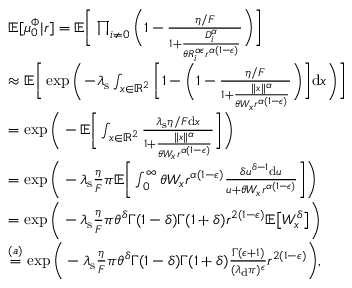
\begin{array} { r l } & { \mathbb { E } [ \mu _ { 0 } ^ { \Phi } \vert r ] = \mathbb { E } \Bigg [ \prod _ { i \neq 0 } \Bigg ( 1 - \frac { \eta / F } { 1 + \frac { D _ { i } ^ { \alpha } } { \theta R _ { i } ^ { \alpha \epsilon } r ^ { \alpha ( 1 - \epsilon ) } } } \Bigg ) \Bigg ] } \\ & { \approx \mathbb { E } \Bigg [ \exp { \Bigg ( \! - \! \lambda _ { \mathrm { s } } \int _ { x \in \mathbb { R } ^ { 2 } } \bigg [ 1 - \bigg ( 1 - \frac { \eta / F } { 1 + \frac { \Vert x \Vert ^ { \alpha } } { \theta W _ { x } r ^ { \alpha ( 1 - \epsilon ) } } } \bigg ) \bigg ] \mathrm { d } x \Bigg ) } \Bigg ] } \\ & { = \exp { \Bigg ( - \mathbb { E } \bigg [ \int _ { x \in \mathbb { R } ^ { 2 } } \frac { \lambda _ { \mathrm { s } } \eta / F \mathrm { d } x } { 1 + \frac { \Vert x \Vert ^ { \alpha } } { \theta W _ { x } r ^ { \alpha ( 1 - \epsilon ) } } } \bigg ] \Bigg ) } } \\ & { = \exp { \Bigg ( - \lambda _ { \mathrm { s } } \frac { \eta } { F } \pi \mathbb { E } \bigg [ \int _ { 0 } ^ { \infty } \theta W _ { x } r ^ { \alpha ( 1 - \epsilon ) } \frac { \delta u ^ { \delta - 1 } \mathrm { d } u } { u + \theta W _ { x } r ^ { \alpha ( 1 - \epsilon ) } } \bigg ] \Bigg ) } } \\ & { = \exp { \Bigg ( - \lambda _ { \mathrm { s } } \frac { \eta } { F } \pi \theta ^ { \delta } \Gamma ( 1 - \delta ) \Gamma ( 1 + \delta ) r ^ { 2 ( 1 - \epsilon ) } \mathbb { E } \big [ W _ { x } ^ { \delta } \big ] \Bigg ) } } \\ & { \stackrel { ( a ) } { = } \exp { \Bigg ( - \lambda _ { \mathrm { s } } \frac { \eta } { F } \pi \theta ^ { \delta } \Gamma ( 1 - \delta ) \Gamma ( 1 + \delta ) \frac { \Gamma ( \epsilon + 1 ) } { ( \lambda _ { \mathrm { d } } \pi ) ^ { \epsilon } } r ^ { 2 ( 1 - \epsilon ) } \Bigg ) } , } \end{array}